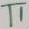
Text: TI